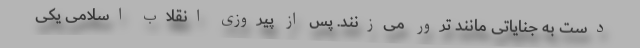
دست به جنایاتی مانند ترور می‌زنند. پس از پیروزی انقلاب اسلامی یکی